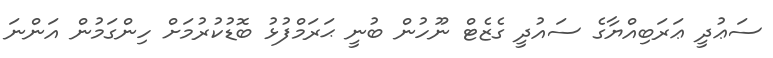
ސަޢުދީ ޢަރަބިއްޔާގެ ސައުދީ ގެޒެޓް ނޫހުން ބުނީ ޙަރަމްފުޅު ބޮޑުކުރުމަށް ހިންގަމުން އަންނަ